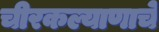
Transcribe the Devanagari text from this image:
चीरकल्याणाचे